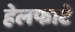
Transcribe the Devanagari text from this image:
हेलफाटे